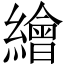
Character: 繪